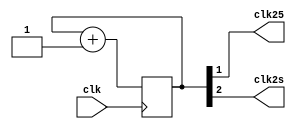
`timescale 1ns / 1ps
//////////////////////////////////////////////////////////////////////////////////
// Company: 
// Engineer: 
// 
// Design Name: 
// Module Name: clk_diliver
// Project Name: 
// Target Devices: 
// Tool Versions: 
// Description: 
// 
// Dependencies: 
// 
// Revision:
// Revision 0.01 - File Created
// Additional Comments:
// 
//////////////////////////////////////////////////////////////////////////////////


module clk_diliver(
    input clk,
   output clk25,
   output clk2s
);
 
reg [31:0] q = 0;

always @(posedge clk)
  q <= q + 1;
 assign clk25 = q[1];
 assign clk2s = q[2];

endmodule